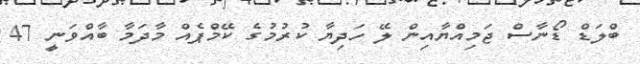
ބްލަޑް ޑޯނާސް ޖަމިއްޔާއިން ލޭ ހަދިޔާ ކުރުމުގެ ކޭމްޕެއް މާދަމާ ބާއްވަނީ 47